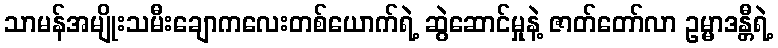
သာမန်အမျိုးသမီးချောကလေးတစ်ယောက်ရဲ့ ဆွဲဆောင်မှုနဲ့ ဇာတ်တော်လာ ဥမ္မာဒန္တီရဲ့